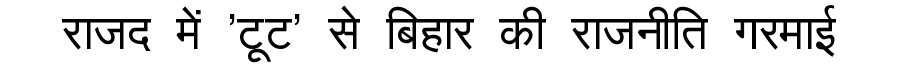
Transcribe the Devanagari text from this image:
राजद में 'टूट' से बिहार की राजनीति गरमाई